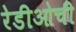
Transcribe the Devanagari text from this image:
रेडीओची